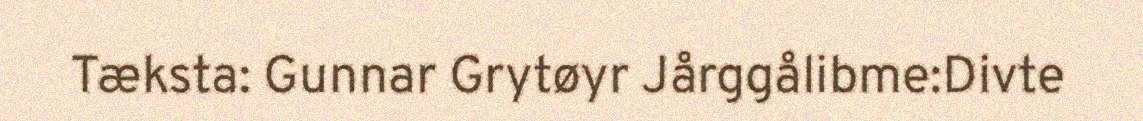
Tæksta: Gunnar Grytøyr Jårggålibme:Divte